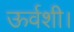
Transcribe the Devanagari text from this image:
ऊर्वशी।